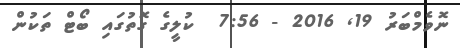
ނޮވެމްބަރު 19